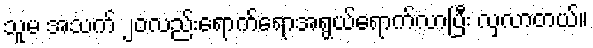
သူမ အသက် ၂၀လည်းရောက်ရောအရွယ်ရောက်လာပြီး လှလာတယ်။